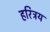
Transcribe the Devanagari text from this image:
हरित्रय